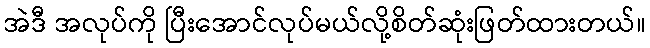
အဲဒီ အလုပ်ကို ပြီးအောင်လုပ်မယ်လို့စိတ်ဆုံးဖြတ်ထားတယ်။